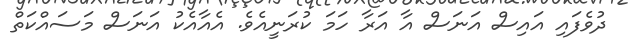
ދުވެފައި އައިސް އަނަސް އާ އަރާ ހަމަ ކުރަނީއެވެ. އެއާއެކު އަނަސް މަސައްކަތް